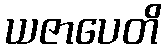
ယဇာပေတိ